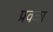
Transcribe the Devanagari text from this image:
प्रवळा